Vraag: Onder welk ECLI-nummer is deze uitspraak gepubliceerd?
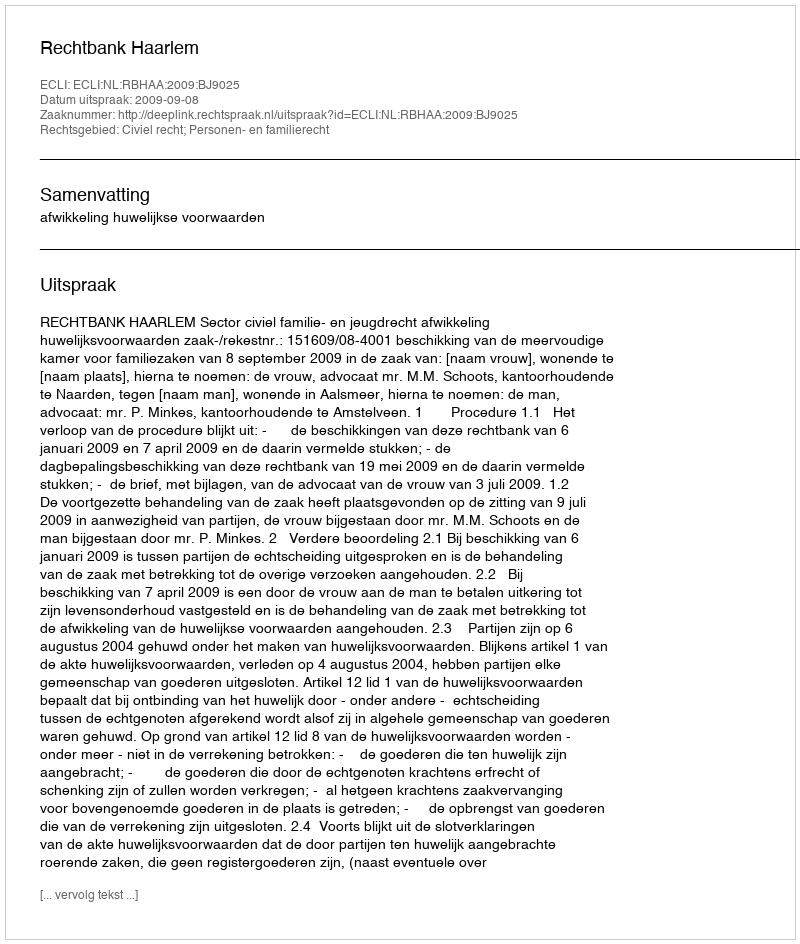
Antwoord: ECLI:NL:RBHAA:2009:BJ9025